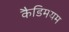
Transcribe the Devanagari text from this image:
कैडिमयम